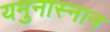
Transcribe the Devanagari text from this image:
यमुनास्नान